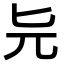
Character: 𠤐